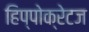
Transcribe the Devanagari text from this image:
हिप्पोक्रेटज